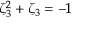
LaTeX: \zeta _ { 3 } ^ { 2 } + \zeta _ { 3 } = - 1